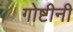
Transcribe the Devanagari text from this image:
गोष्टीनी